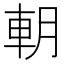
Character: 𨊸